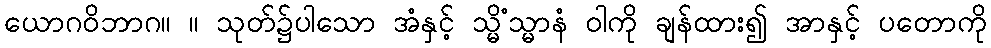
ယောဂဝိဘာဂ။ ။ သုတ်၌ပါသော အံနှင့် သ္မိံသ္မာနံ ဝါကို ချန်ထား၍ အာနှင့် ပတောကို